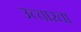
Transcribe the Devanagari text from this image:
उच्चारता